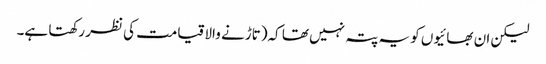
لیکن ان بھائیوں کو یہ پتہ نہیں تھا کہ(تاڑنے والا قیامت کی نظر رکھتا ہے۔